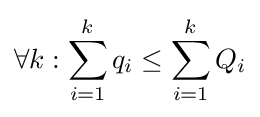
\forall k:\sum _{i=1}^{k}q_{i}\leq \sum _{i=1}^{k}Q_{i}